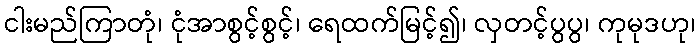
ငါးမည်ကြာတုံ၊ ငုံအာစွင့်စွင့်၊ ရေထက်မြင့်၍၊ လှတင့်ပွပွ၊ ကုမုဒဟု၊